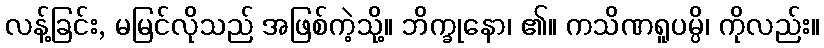
လန့်ခြင်း, မမြင်လိုသည် အဖြစ်ကဲ့သို့။ ဘိက္ခုနော၊ ၏။ ကသိဏရူပမ္ပိ၊ ကိုလည်း။